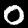
Digit: 0